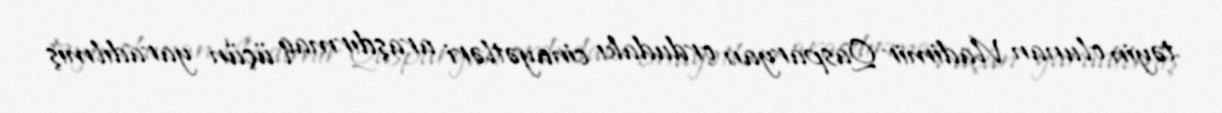
təyin olunan Vladimir Qasparyan ordudakı cinayətləri araşdırmaq üçün yaradılmış